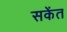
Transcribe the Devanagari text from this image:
सकेंत